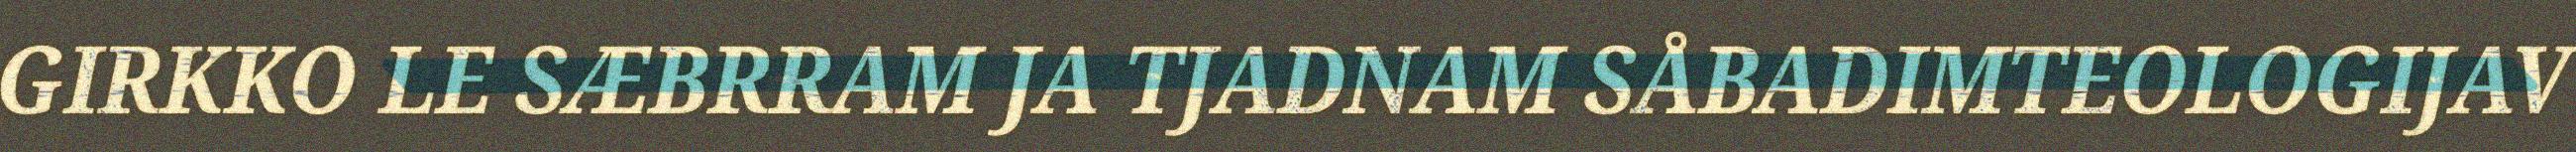
GIRKKO LE SÆBRRAM JA TJADNAM SÅBADIMTEOLOGIJAV